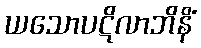
ယသောပဋိလာဘိနိံ